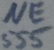
Text: NE555